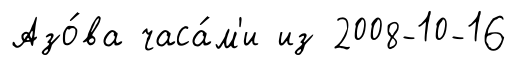
Азо́ва часа́м'и из 2008-10-16